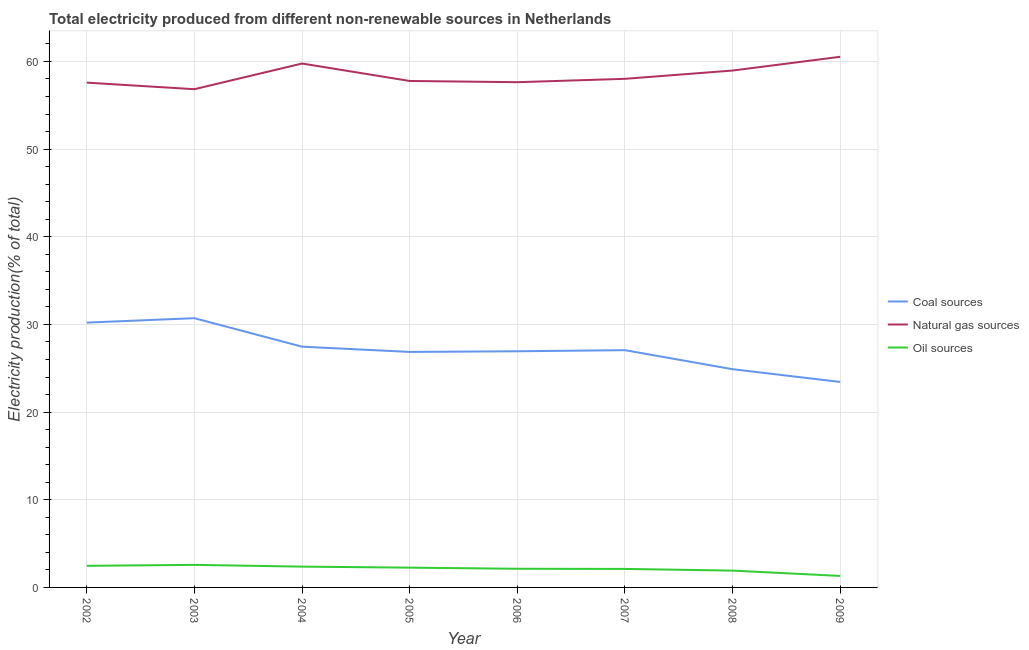
| Year | Coal sources | Natural gas sources | Oil sources |
 | --- | --- | --- | --- |
 | 2002 | 30.2 | 57.6 | 2.46 |
 | 2003 | 30.7 | 56.8 | 2.57 |
 | 2004 | 27.5 | 59.8 | 2.37 |
 | 2005 | 26.9 | 57.8 | 2.26 |
 | 2006 | 26.9 | 57.6 | 2.13 |
 | 2007 | 27.1 | 58 | 2.11 |
 | 2008 | 24.9 | 59 | 1.92 |
 | 2009 | 23.4 | 60.5 | 1.31 |